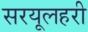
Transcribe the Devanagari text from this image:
सरयूलहरी